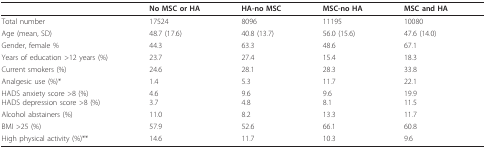
|  | No MSC or HA | HA-no MSC | MSC-no HA | MSC and HA |
 | --- | --- | --- | --- | --- |
 | Total number | 17524 | 8096 | 11195 | 10080 |
 | Age (mean, SD) | 48.7 (17.6) | 40.8 (13.7) | 56.0 (15.6) | 47.6 (14.0) |
 | Gender, female % | 44.3 | 63.3 | 48.6 | 67.1 |
 | Years of education >12 years (%) | 23.7 | 27.4 | 15.4 | 18.3 |
 | Current smokers (%) | 24.6 | 28.1 | 28.3 | 33.8 |
 | Analgesic use (%)* | 1.4 | 5.3 | 11.7 | 22.1 |
 | HADS anxiety score >8 (%)HADS depression score >8 (%) | 4.63.7 | 9.64.8 | 9.68.1 | 19.911.5 |
 | Alcohol abstainers (%) | 11.0 | 8.2 | 13.3 | 11.7 |
 | BMI >25 (%) | 57.9 | 52.6 | 66.1 | 60.8 |
 | High physical activity (%)** | 14.6 | 11.7 | 10.3 | 9.6 |